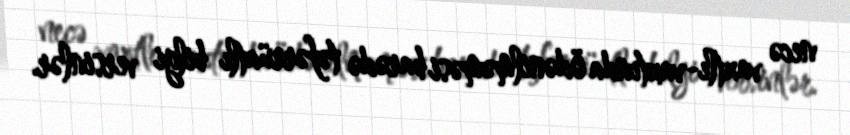
necə vaxtlı-vaxtında ödənilməməsi barədə təfərrüatlı bilgi versinlər.